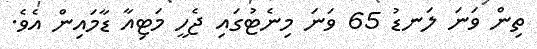
ތިން ވަނަ ލަނޑު 65 ވަނަ މިނެޓުގައި ޖެހީ މަޓިއާ ޑާމައިން އެވެ.